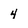
Character: 4